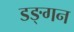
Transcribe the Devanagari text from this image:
डङ्गन